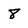
Character: 8